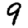
Digit: 9